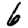
Digit: 6